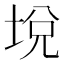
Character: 㙂